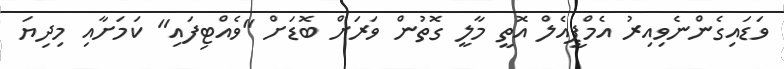
ވަޑައިގެންނެވިއިރު އެމްޕީއެލް އޮތީ މާލީ ގޮތުން ވަރަށް ބޮޑަށް "ވެއްޓިފައި" ކަމަށާއި މިދިޔަ